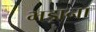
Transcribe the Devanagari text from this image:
भड़ाना